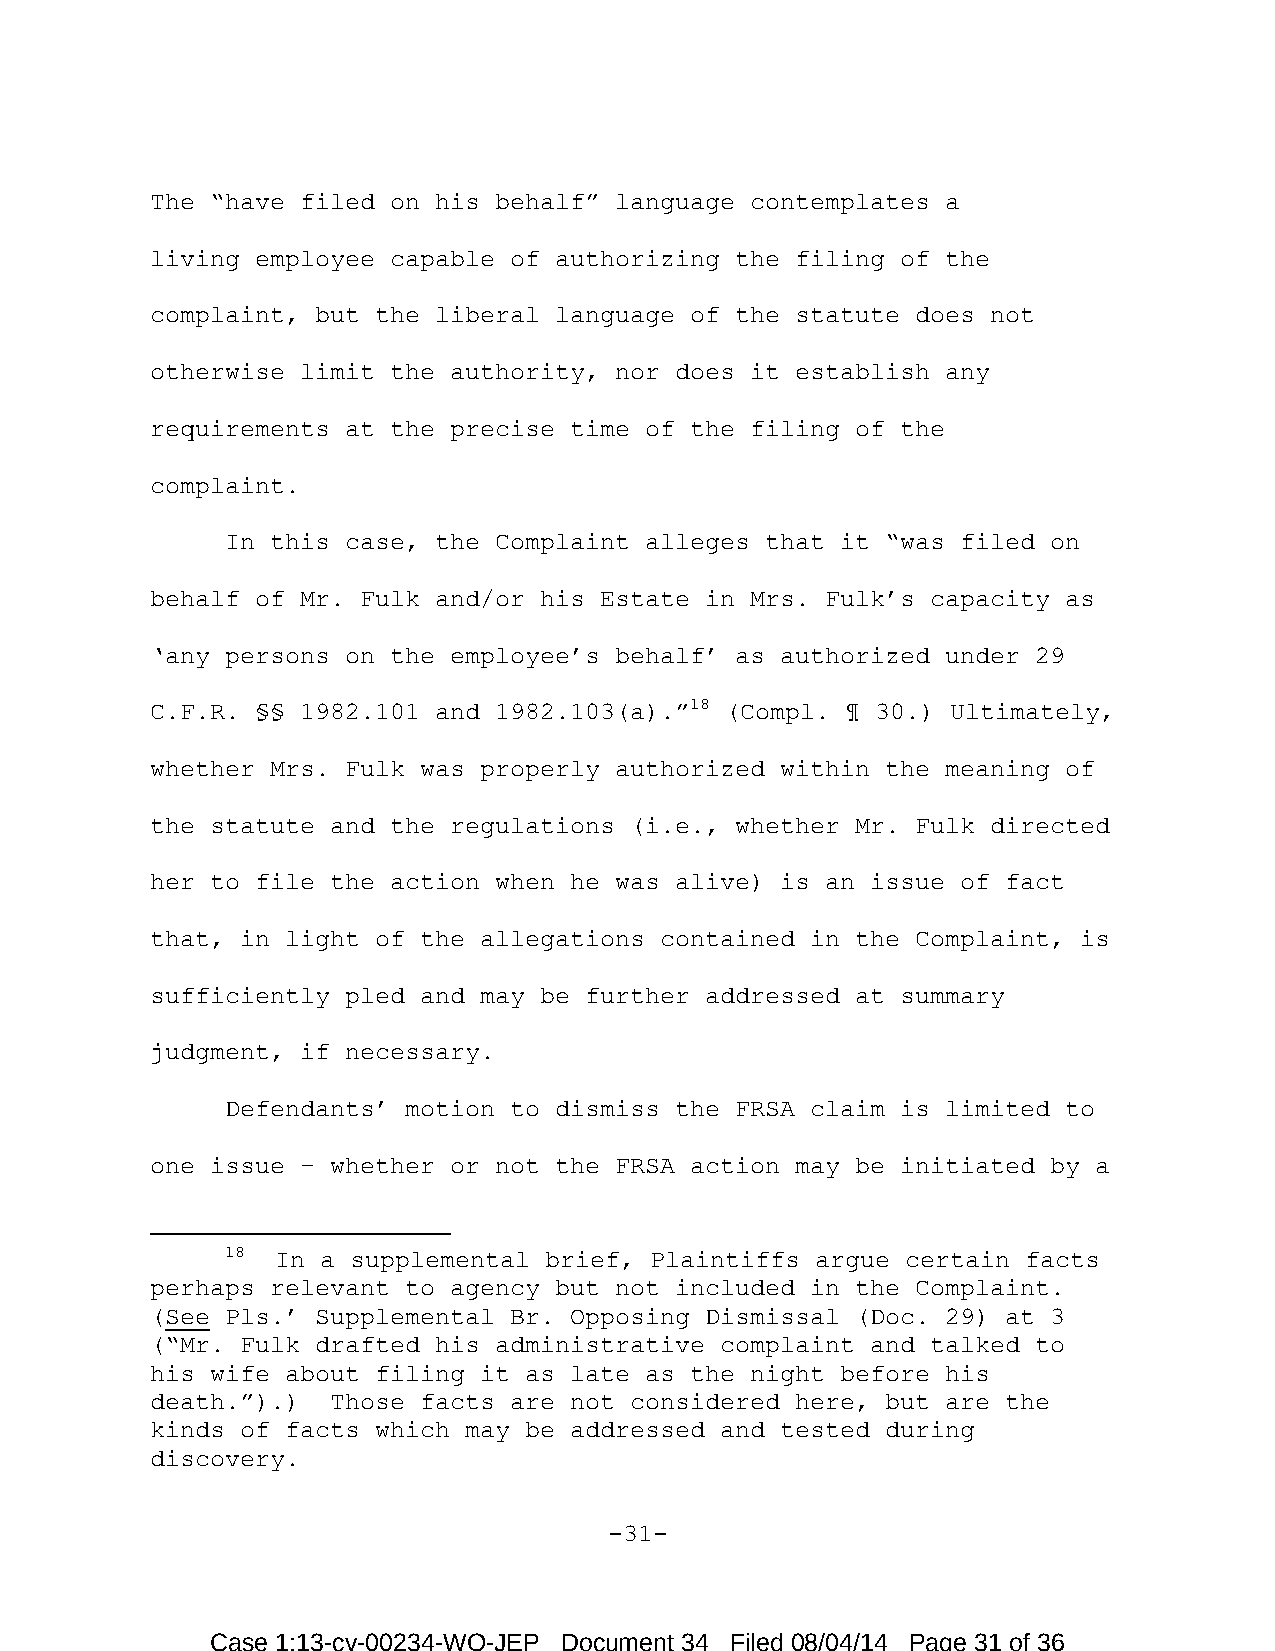
The “have filed on his behalf” language contemplates a
 living employee capable of authorizing the filing of the
 complaint, but the liberal language of the statute does not
 otherwise limit the authority, nor does it establish any
 requirements at the precise time of the filing of the
 complaint.
 In this case, the Complaint alleges that it “was filed on
 behalf of Mr. Fulk and/or his Estate in Mrs. Fulk’s capacity as
 ‘any persons on the employee’s behalf’ as authorized under 29
 C.F.R. §§ 1982.101 and 1982.103(a).”18 (Compl. ¶ 30.) Ultimately,
 whether Mrs. Fulk was properly authorized within the meaning of
 the statute and the regulations (i.e., whether Mr. Fulk directed
 her to file the action when he was alive) is an issue of fact
 that, in light of the allegations contained in the Complaint, is
 sufficiently pled and may be further addressed at summary
 judgment, if necessary.
 Defendants’ motion to dismiss the FRSA claim is limited to
 one issue – whether or not the FRSA action may be initiated by a
 18 In a supplemental brief, Plaintiffs argue certain facts
 perhaps relevant to agency but not included in the Complaint.
 (See Pls.’ Supplemental Br. Opposing Dismissal (Doc. 29) at 3
 (“Mr. Fulk drafted his administrative complaint and talked to
 his wife about filing it as late as the night before his
 death.”).)  Those facts are not considered here, but are the
 kinds of facts which may be addressed and tested during
 discovery.
 -31-
 Case 1:13-cv-00234-WO-JEP Document 34 Filed 08/04/14 Page 31 of 36